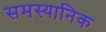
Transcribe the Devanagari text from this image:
समस्यानिक